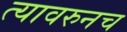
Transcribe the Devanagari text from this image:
त्यावरुनच